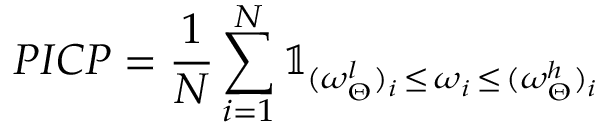
P I C P = \frac { 1 } { N } \sum _ { i = 1 } ^ { N } \mathbb { 1 } _ { ( \omega _ { \Theta } ^ { l } ) _ { i } \, \le \, \omega _ { i } \, \le \, ( \omega _ { \Theta } ^ { h } ) _ { i } }